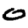
Digit: 0